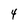
Character: 4